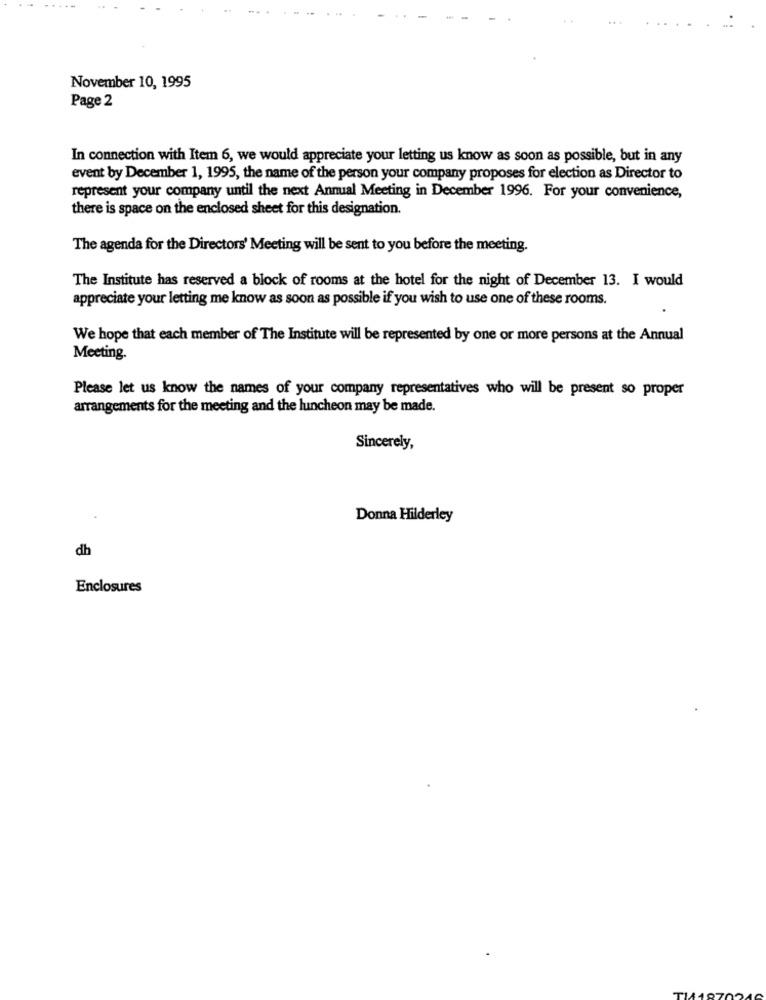
November 10, 1995
Page 2
In connection with Item 6, we would appreciate your letting us know as soon as possible, but in any
event by December 1, 1995, the name of the person your company proposes for election as Director to
represent your company until the next Annual Meeting in December 1996. For your convenience,
there is space on the enclosed sheet for this designation.
The agenda for the Directors' Meeting will be sent to you before the meeting.
The Institute has reserved a block of rooms at the hotel for the night of December 13. I would
appreciate your letting me know as soon as possible if you wish to use one of these rooms.
We hope that each member of The Institute will be represented by one or more persons at the Annual
Meeting.
Please let us know the names of your company representatives who will be present so proper
arrangements for the meeting and the luncheon may be made.
Sincerely,
Donna Hilderley
dh
Enclosures